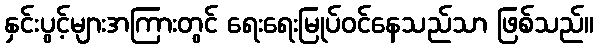
နှင်းပွင့်များအကြားတွင် ရေးရေးမြုပ်ဝင်နေသည်သာ ဖြစ်သည်။